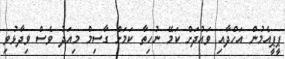
ޕީޕީއެމުން އަހްދާއި ވައުދަށް ކަމޭ ނުހިތާ ކަމަށް ގާސިމް މިއަދު ވެސް ވިދާޅުވި